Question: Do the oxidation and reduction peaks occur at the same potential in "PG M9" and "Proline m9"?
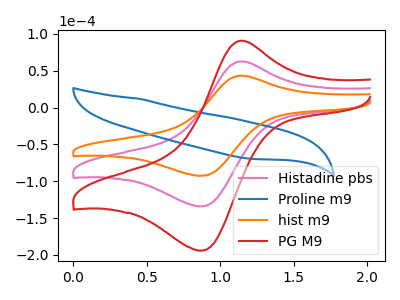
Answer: <think>The pink curve "Histadine pbs" has an anodic peak at (1.15V, 62.70uA) and a cathodic peak at (0.90V, -134.05uA). The blue curve "Proline m9" has no peaks. The orange curve "hist m9" has an anodic peak at (1.15V, 43.30uA) and a cathodic peak at (0.90V, -92.55uA). The red curve "PG M9" has an anodic peak at (1.15V, 125.40uA) and a cathodic peak at (0.90V, -268.10uA).</think>
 <answer>No, "PG M9" and "Proline m9" have a different number of peaks.</answer>
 <eval>different_amount</eval>